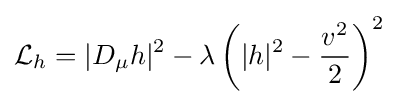
{\mathcal {L}}_{h}=|D_{\mu }h|^{2}-\lambda \left(|h|^{2}-{\frac {v^{2}}{2}}\right)^{2}\